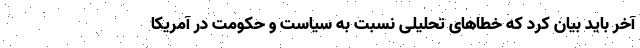
آخر باید بیان کرد که خطاهای تحلیلی نسبت به سیاست و حکومت در آمریکا